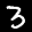
Label: 3